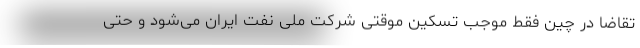
تقاضا در چین فقط موجب تسکین موقتی شرکت ملی نفت ایران می‌شود و حتی